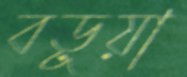
বড়ূয়া